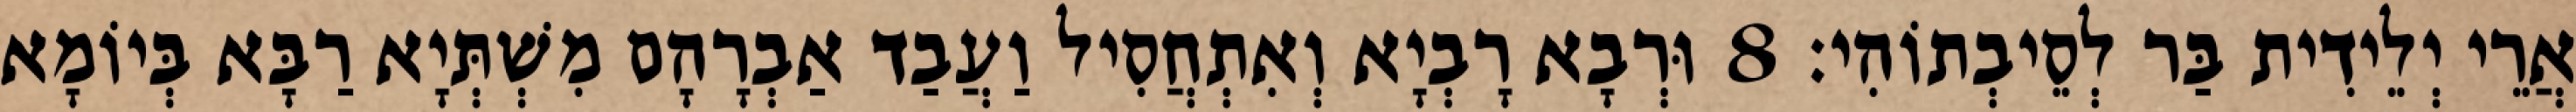
אֲרֵי יְלֵידִית בַּר לְסֵיבְתוֹהִי׃ 8 וּרְבָא רָבְיָא וְאִתְחֲסִיל וַעֲבַד אַבְרָהָם מִשְׁתְּיָא רַבָּא בְּיוֹמָא